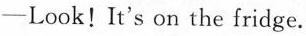
—Look!It's on the fridge.